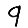
Digit: 9